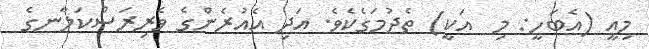
މިއީ (އެބަހީ: މި  އަކީ) ތެދުމަގެކެވެ. އަދި އެއުރެންގެ ވެރިރަސްކަލާނގެ